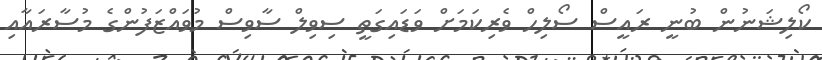
ކޯލިޝަނުން ބުނީ ރައީސް ސޯލިހް ވެރިކަމަށް ވަޑައިގަތީ ސިވިލް ސާވިސް މުވައްޒަފުންގެ މުސާރައާއި